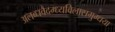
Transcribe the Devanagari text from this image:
अलब्धवैदग्ध्यविलासमुग्धया